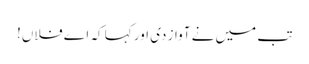
تب میں نے آواز دی اور کہا کہ اے فلاں!